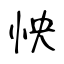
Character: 怏